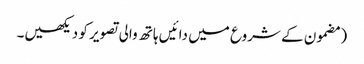
‏ (‏مضمون کے شروع میں دائیں ہاتھ والی تصویر کو دیکھیں۔